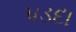
પડદા